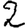
Digit: 2